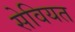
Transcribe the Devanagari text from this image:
सेवियत